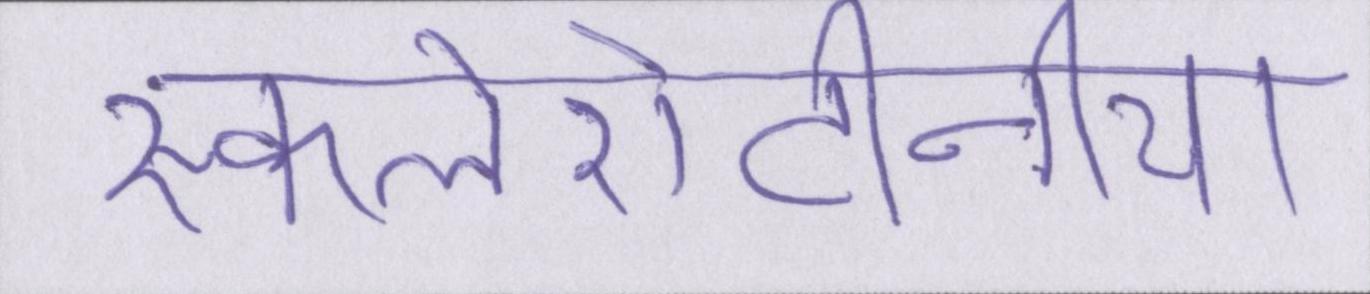
स्कलेरोटीनिया